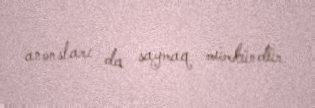
anonsları da saymaq mümkündür.